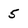
Character: 5